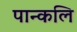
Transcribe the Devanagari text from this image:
पान्कलि